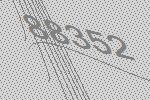
88352